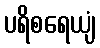
ပရိစရေယျံ